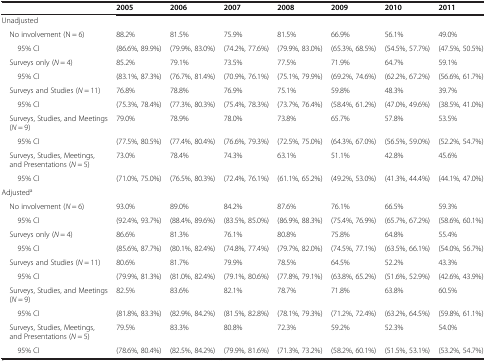
<table><thead><tr><td></td><td><b>2005</b></td><td><b>2006</b></td><td><b>2007</b></td><td><b>2008</b></td><td><b>2009</b></td><td><b>2010</b></td><td><b>2011</b></td></tr></thead><tbody><tr><td>Unadjusted</td><td></td><td></td><td></td><td></td><td></td><td></td><td></td></tr><tr><td> No involvement (N = 6)</td><td>88.2%</td><td>81.5%</td><td>75.9%</td><td>81.5%</td><td>66.9%</td><td>56.1%</td><td>49.0%</td></tr><tr><td>95% CI</td><td>(86.6%, 89.9%)</td><td>(79.9%, 83.0%)</td><td>(74.2%, 77.6%)</td><td>(79.9%, 83.0%)</td><td>(65.3%, 68.5%)</td><td>(54.5%, 57.7%)</td><td>(47.5%, 50.5%)</td></tr><tr><td> Surveys only (<i>N</i> = 4)</td><td>85.2%</td><td>79.1%</td><td>73.5%</td><td>77.5%</td><td>71.9%</td><td>64.7%</td><td>59.1%</td></tr><tr><td>95% CI</td><td>(83.1%, 87.3%)</td><td>(76.7%, 81.4%)</td><td>(70.9%, 76.1%)</td><td>(75.1%, 79.9%)</td><td>(69.2%, 74.6%)</td><td>(62.2%, 67.2%)</td><td>(56.6%, 61.7%)</td></tr><tr><td> Surveys and Studies (<i>N</i> = 11)</td><td>76.8%</td><td>78.8%</td><td>76.9%</td><td>75.1%</td><td>59.8%</td><td>48.3%</td><td>39.7%</td></tr><tr><td>95% CI</td><td>(75.3%, 78.4%)</td><td>(77.3%, 80.3%)</td><td>(75.4%, 78.3%)</td><td>(73.7%, 76.4%)</td><td>(58.4%, 61.2%)</td><td>(47.0%, 49.6%)</td><td>(38.5%, 41.0%)</td></tr><tr><td> Surveys, Studies, and Meetings (<i>N</i> = 9)</td><td>79.0%</td><td>78.9%</td><td>78.0%</td><td>73.8%</td><td>65.7%</td><td>57.8%</td><td>53.5%</td></tr><tr><td>95% CI</td><td>(77.5%, 80.5%)</td><td>(77.4%, 80.4%)</td><td>(76.6%, 79.3%)</td><td>(72.5%, 75.0%)</td><td>(64.3%, 67.0%)</td><td>(56.5%, 59.0%)</td><td>(52.2%, 54.7%)</td></tr><tr><td> Surveys, Studies, Meetings, and Presentations (<i>N</i> = 5)</td><td>73.0%</td><td>78.4%</td><td>74.3%</td><td>63.1%</td><td>51.1%</td><td>42.8%</td><td>45.6%</td></tr><tr><td>95% CI</td><td>(71.0%, 75.0%)</td><td>(76.5%, 80.3%)</td><td>(72.4%, 76.1%)</td><td>(61.1%, 65.2%)</td><td>(49.2%, 53.0%)</td><td>(41.3%, 44.4%)</td><td>(44.1%, 47.0%)</td></tr><tr><td>Adjusted<sup>a</sup></td><td></td><td></td><td></td><td></td><td></td><td></td><td></td></tr><tr><td> No involvement (<i>N</i> = 6)</td><td>93.0%</td><td>89.0%</td><td>84.2%</td><td>87.6%</td><td>76.1%</td><td>66.5%</td><td>59.3%</td></tr><tr><td>95% CI</td><td>(92.4%, 93.7%)</td><td>(88.4%, 89.6%)</td><td>(83.5%, 85.0%)</td><td>(86.9%, 88.3%)</td><td>(75.4%, 76.9%)</td><td>(65.7%, 67.2%)</td><td>(58.6%, 60.1%)</td></tr><tr><td> Surveys only (<i>N</i> = 4)</td><td>86.6%</td><td>81.3%</td><td>76.1%</td><td>80.8%</td><td>75.8%</td><td>64.8%</td><td>55.4%</td></tr><tr><td>95% CI</td><td>(85.6%, 87.7%)</td><td>(80.1%, 82.4%)</td><td>(74.8%, 77.4%)</td><td>(79.7%, 82.0%)</td><td>(74.5%, 77.1%)</td><td>(63.5%, 66.1%)</td><td>(54.0%, 56.7%)</td></tr><tr><td> Surveys and Studies (<i>N</i> = 11)</td><td>80.6%</td><td>81.7%</td><td>79.9%</td><td>78.5%</td><td>64.5%</td><td>52.2%</td><td>43.3%</td></tr><tr><td>95% CI</td><td>(79.9%, 81.3%)</td><td>(81.0%, 82.4%)</td><td>(79.1%, 80.6%)</td><td>(77.8%, 79.1%)</td><td>(63.8%, 65.2%)</td><td>(51.6%, 52.9%)</td><td>(42.6%, 43.9%)</td></tr><tr><td> Surveys, Studies, and Meetings (<i>N</i> = 9)</td><td>82.5%</td><td>83.6%</td><td>82.1%</td><td>78.7%</td><td>71.8%</td><td>63.8%</td><td>60.5%</td></tr><tr><td>95% CI</td><td>(81.8%, 83.3%)</td><td>(82.9%, 84.2%)</td><td>(81.5%, 82.8%)</td><td>(78.1%, 79.3%)</td><td>(71.2%, 72.4%)</td><td>(63.2%, 64.5%)</td><td>(59.8%, 61.1%)</td></tr><tr><td> Surveys, Studies, Meetings, and Presentations (<i>N</i> = 5)</td><td>79.5%</td><td>83.3%</td><td>80.8%</td><td>72.3%</td><td>59.2%</td><td>52.3%</td><td>54.0%</td></tr><tr><td>95% CI</td><td>(78.6%, 80.4%)</td><td>(82.5%, 84.2%)</td><td>(79.9%, 81.6%)</td><td>(71.3%, 73.2%)</td><td>(58.2%, 60.1%)</td><td>(51.5%, 53.1%)</td><td>(53.2%, 54.7%)</td></tr></tbody></table>